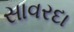
સાવરદા